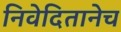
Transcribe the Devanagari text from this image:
निवेदितानेच